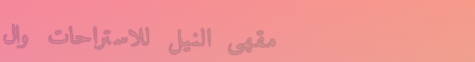
مقهى النيل للاستراحات وال